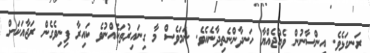
ރަނގަޅެވެ. އިންސާނުން ވެއްޖެއްޔާ ހަނދާންނެތިދާނެއެވެ. ނަމަވެސް މާ ގިނައިރުތަކެއްނުވެ ކައިރާ ފިނިވެގެން ރަޖާއަކަށް